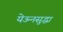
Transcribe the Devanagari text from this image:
येऊनसुद्धा